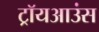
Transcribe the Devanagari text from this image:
ट्रॉयआउंस